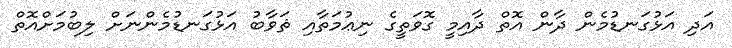
އަދި އަޅުގަނޑުމެން ދާން އޮތް ދާއިމީ ގޮވަތީގެ ނިޢުމަތާއި ޘަވާބު އަޅުގަނޑުމެންނަށް ލިބުމަށްއޮތް